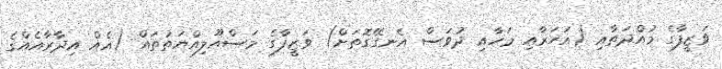
ވަޒީފާގެ މުއްދަތާއި (އަހަރާއި މަހާއި ދުވަސް އެނގޭގޮތަށް) ވަޒީފާގެ މަސްއޫލިއްޔަތުތައް (އެއް އިދާރާއެއްގެ